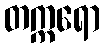
တက္ကရော